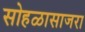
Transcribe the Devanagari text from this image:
सोहळासाजरा